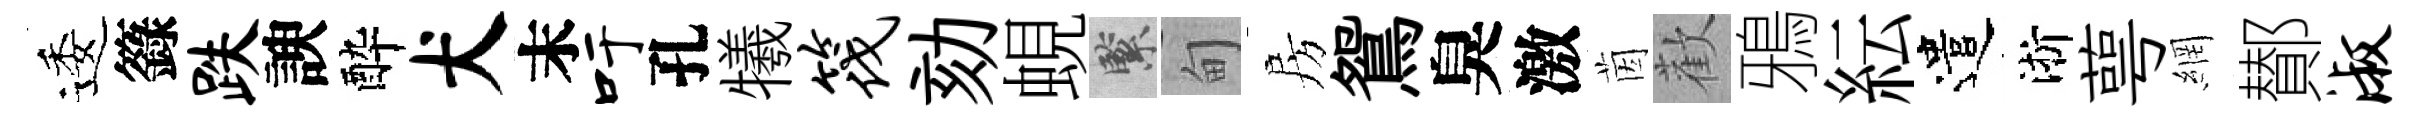
逶籙跌諛酔犬末吁孔犧筏劾蜆緊甸房鴛臭激茵歡鴉紜遣淅萼網鄼淑